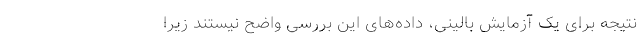
نتیجه برای یک آزمایش بالینی، داده‌های این بررسی واضح نیستند زیرا